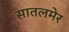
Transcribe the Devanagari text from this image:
सातलमेर